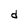
Character: d